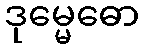
ဒုမ္မေဓော